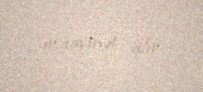
müavinət alır.